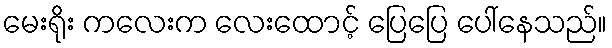
မေးရိုး ကလေးက လေးထောင့် ပြေပြေ ပေါ်နေသည်။